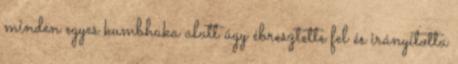
minden egyes kumbhaka alatt úgy ébresztette fel és irányította